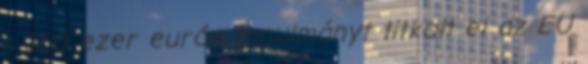
- 360 ezer eurós tanulmányt titkolt el az EU